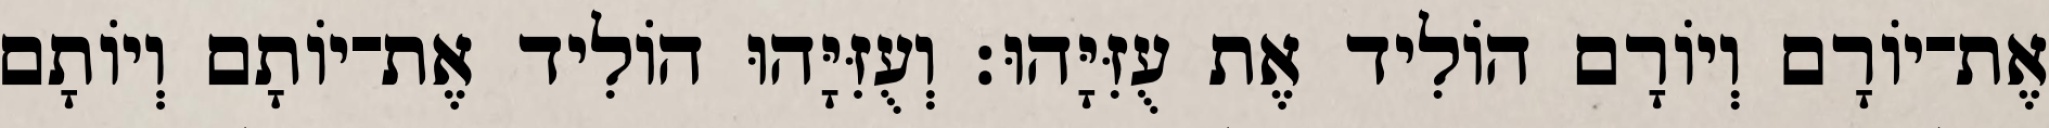
אֶת־יוֹרָם וְיוֹרָם הוֹלִיד אֶת עֻזִּיָּהוּ׃ וְעֻזִּיָּהוּ הוֹלִיד אֶת־יוֹתָם וְיוֹתָם